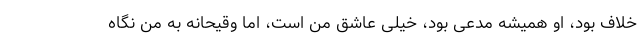
خلاف بود، او همیشه مدعی بود، خیلی عاشق من است، اما وقیحانه به من نگاه